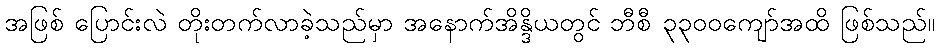
အဖြစ် ပြောင်းလဲ တိုးတက်လာခဲ့သည်မှာ အနောက်အိန္ဒိယတွင် ဘီစီ ၃၃၀၀ကျော်အထိ ဖြစ်သည်။